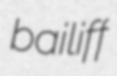
bailiff